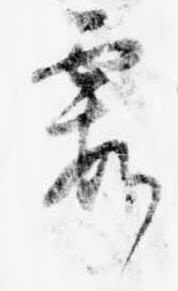
霞